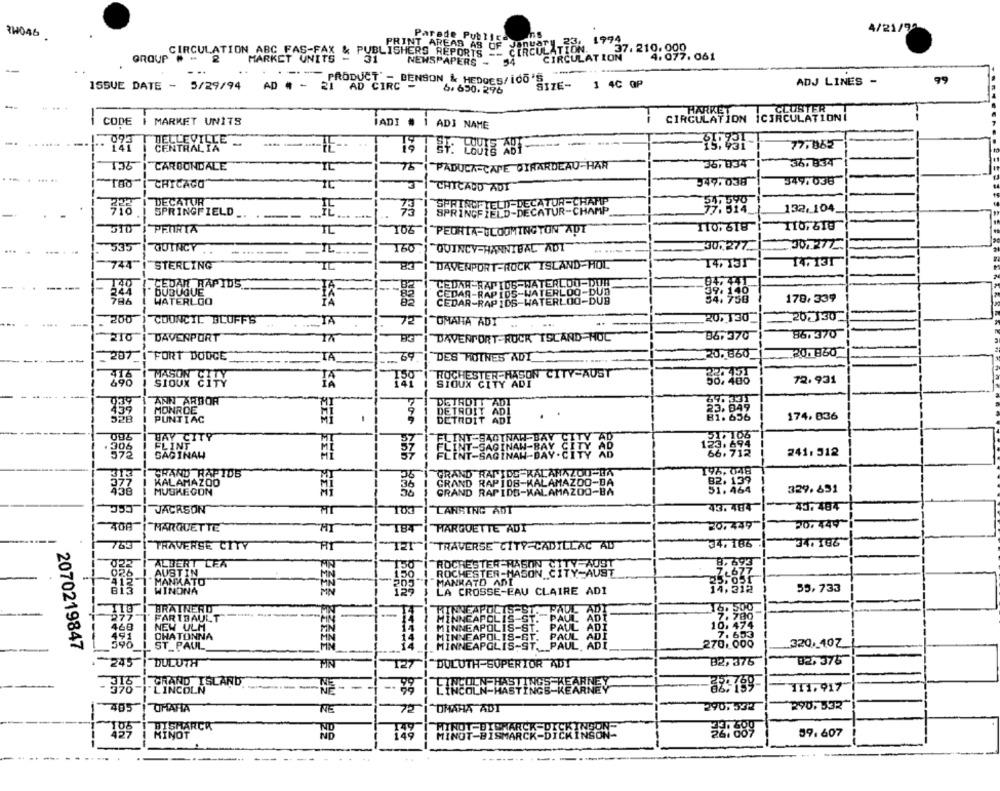
3H046
4/21/99
Parede Publica ins
January 23, 1994
PRINT AREAS AS OF
,1999
CIRCULATION ABC_FAS-
CIRCULATION ABC FAS-FAX & PUBLISHERS REPORTS ->
CIRCULATION
GROUP "
2
MARKET UNITS -
31
NEWSPAPERS -
127. 219:899.061
--
- -- PRODUCT - BENSON & HEDOES/ 100'S
ISSUE DATE - 5/29/94
AD # - 21 AD CIRC =
SIZE-
1 4C OP
ADJ LINES -
99
6. 650.296
-
.. .. .
SEUSTER
CIRCULATION ICIRCULATIONİ
HARKET
CODE
MARKET UNITS
IADI #
i ADJ NAME
-.
093
DELLEVILLE
-
141
CENTRAL IA
HE-
-------
77,852
136
CARBONDALE
IL
76
PADUCA-CAPE GIRARDEAU-HAR
35, 034
36, 834
BE0:626
CHICAGO"
349:038
IL
3
CHICALD ADI
DECATUR
SPRINGFIELD-DECATUR-CHAMP
SPRINGFIELD
SPRINGFIELD-DECATUR-CHAMP
132.104_
PETRTA
110: 618
110,618
IL
PEORIA-BLOOMINGTON ADT
535
QUINCY
160
"QUINCY-HANNIBAL ADT
30.277.
744"
STERLING
IL
DAVENPORT-ROCK ISLAND-HOL
14,131
14,131
140
CEDAR RAPIDS.
DUBUQUE
796
WATERLOO
CEDAR RAPIDS-WATERLOO-PUB
BUB
178,339
200
COUNCIL BLUFFS
TA
OMAHA ADI
20,130
20130
210
DAVENPORT
DAVENPORT-RUCK TSCAND NOC
B67 370
86. 370
207
FORT DODGE
TA
20. 860
20. 860
DES MOINES ADT
416
ROCHESTER-HASON CITY-AUST
72.931
SIOUX CITY
BES P B & BE
SIOUX CITY ADI
-
ANN ARBOR
459
MONROE
528
PUNTIAC
BEIADIT ADI
. .
174,036
E FE KS SEE
BAY CITY
FLINT
306
SAGINAW
241.312
GRAND RAPIDS
GRAND RAPIDS-KALAMAZOO-BA
KALAMAZOO
MUSKEGON
36
GRAND RAPIDS-KALAMAZOO-BA
GRAND RAPIDS-KALAMAZOO-DA
329.631
CAC
43. 484
JACKSON
LANSING ADT
43.484
"HARQUETTE
HARGUETTE ADT
20,439
20,449
TRAVERSE CITY
AT
TRAVERSE CITY-CADILLAC AD
34.186
34. 186
ALBERT LEA
ROCHESTER-HASON 9
AUSTIN
ROCHESTER-MASON CITY-AUST
MANKATO
MANKATO ANI
BI
WINDNA
LA CROSSE-EAU CLAIRE ADI
55,733
BRAINERD
13. 500
FARIBAULT
NEW ULM
CHATONNA
270:608
2070219847
ST PAUL
320, 40Z
245
DULUTH
T27
82 7376
02 375
PIN
DULUTH-SUPERIOR ADT
CHAND ISLAND
LINCOLN
FHASTINGS KEARNEY
32: 189
111,917
405
UMATIA
NE
OMAHA ADT
290:532
290,532
BISMARCK
199
HINOT
ND
MINGT-BISMARCK-DICKINSON-
32:689
59.607
---
------